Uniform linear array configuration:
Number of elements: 24
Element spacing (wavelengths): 0.75
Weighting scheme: exponential
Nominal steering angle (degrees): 60
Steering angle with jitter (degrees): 61.196
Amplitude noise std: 0.05
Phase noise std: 0.05

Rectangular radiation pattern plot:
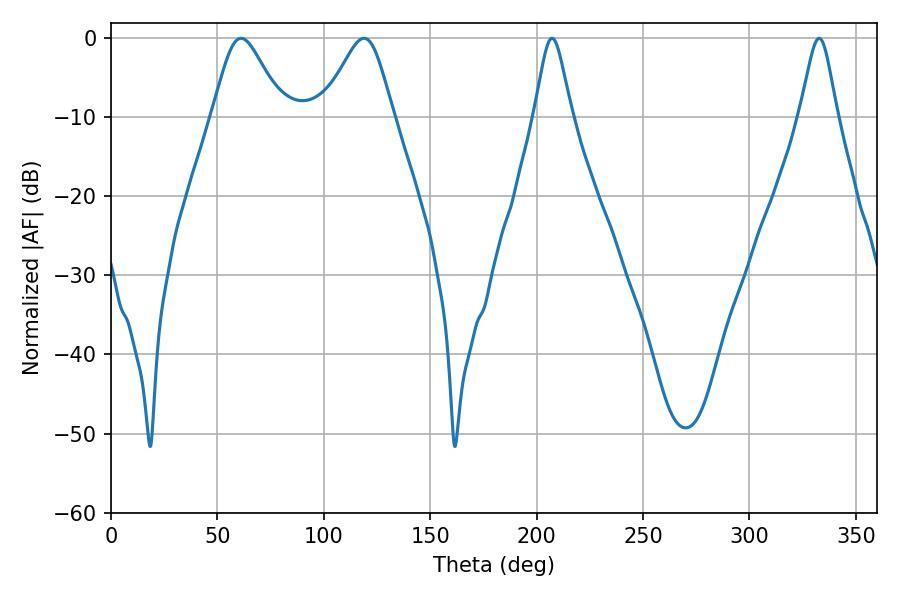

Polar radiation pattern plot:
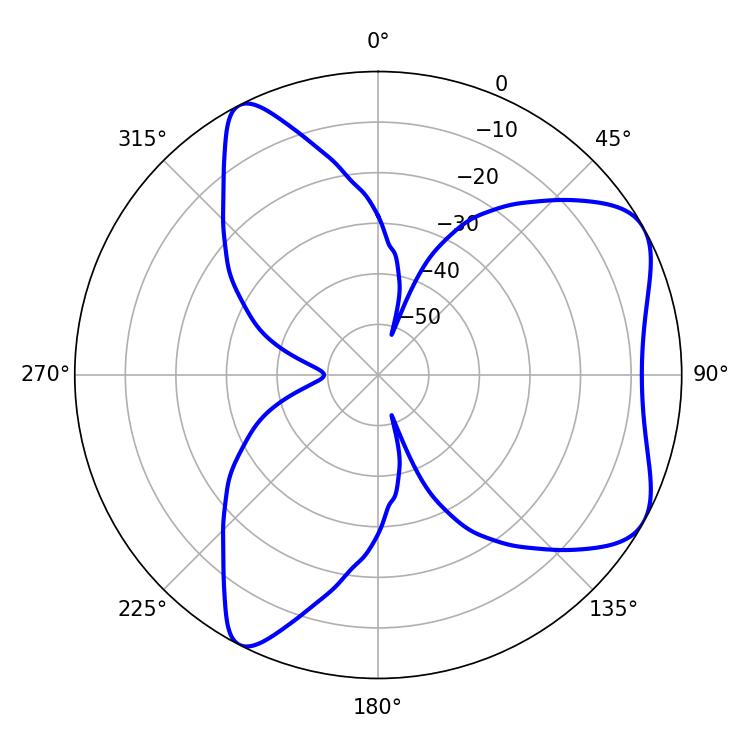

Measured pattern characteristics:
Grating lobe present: TRUE
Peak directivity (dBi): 6.341
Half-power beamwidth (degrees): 16.38
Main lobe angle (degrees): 61.02